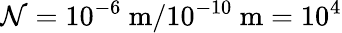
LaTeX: \mathcal{N}=10^{-6}~\mathrm{m}/10^{-10}~\mathrm{m}=10^{4}